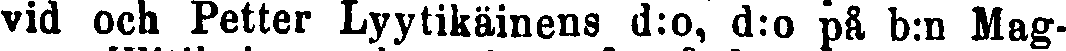
vid och Petter Lyytikäinens d:o, d:o på b:n Mag-